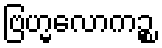
ဗြဟ္မလောကဉ္စ